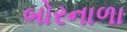
બોરનાળા